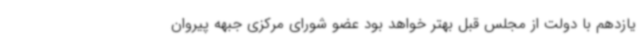
یازدهم با دولت از مجلس قبل بهتر خواهد بود عضو شورای مرکزی جبهه پیروان